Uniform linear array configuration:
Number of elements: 24
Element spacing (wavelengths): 0.25
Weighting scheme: exponential
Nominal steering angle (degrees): -60
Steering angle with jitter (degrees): -60.108
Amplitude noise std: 0.05
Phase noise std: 0.05

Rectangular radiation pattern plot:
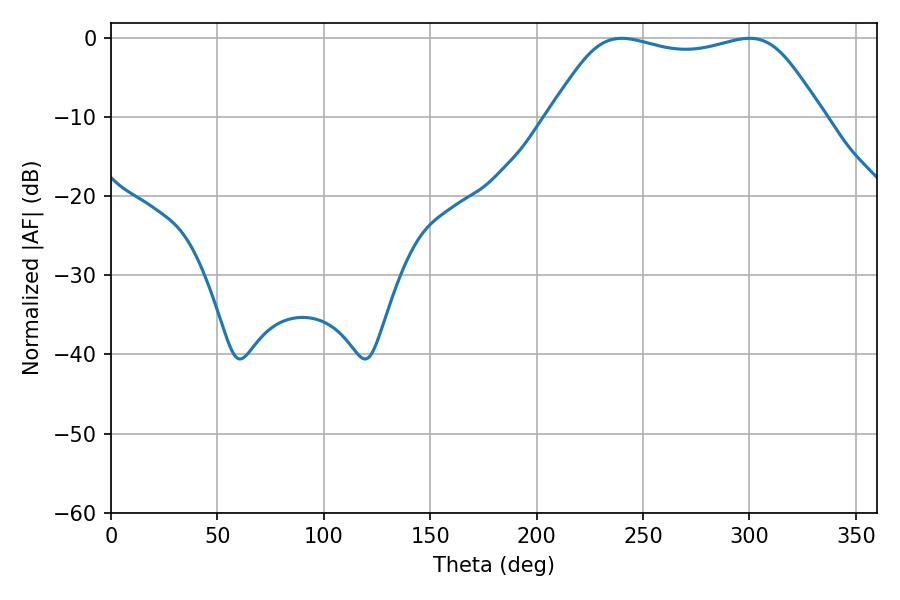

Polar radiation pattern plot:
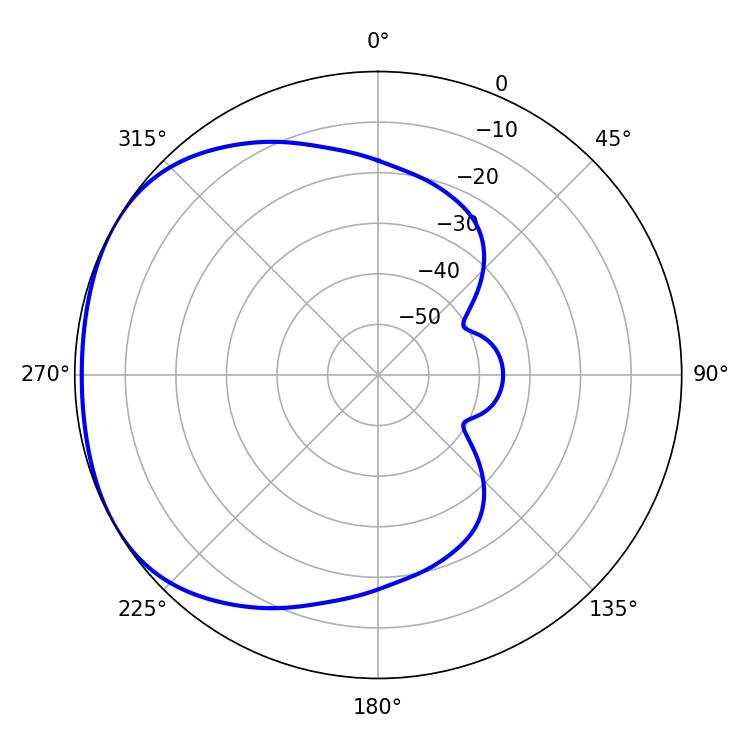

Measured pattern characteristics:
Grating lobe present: FALSE
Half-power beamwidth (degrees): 97.2
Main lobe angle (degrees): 239.94